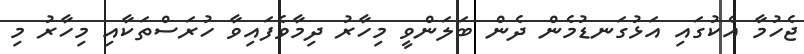
ޖެހުމާ އެކުގައި އަޅުގަނޑުމެން ދެން ބަލަންވީ މިހާރު ދިމާވެފައިވާ ހުރަސްތަކާއި މިހާރު މި